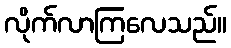
လိုက်လာကြလေသည်။